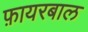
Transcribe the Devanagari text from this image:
फ़ायरबाल